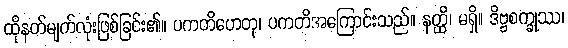
ထိုနတ်မျက်လုံးဖြစ်ခြင်း၏။ ပကတိဟေတု၊ ပကတိအကြောင်းသည်။ နတ္ထိ၊ မရှိ။ ဒိဗ္ဗစက္ခုဿ၊